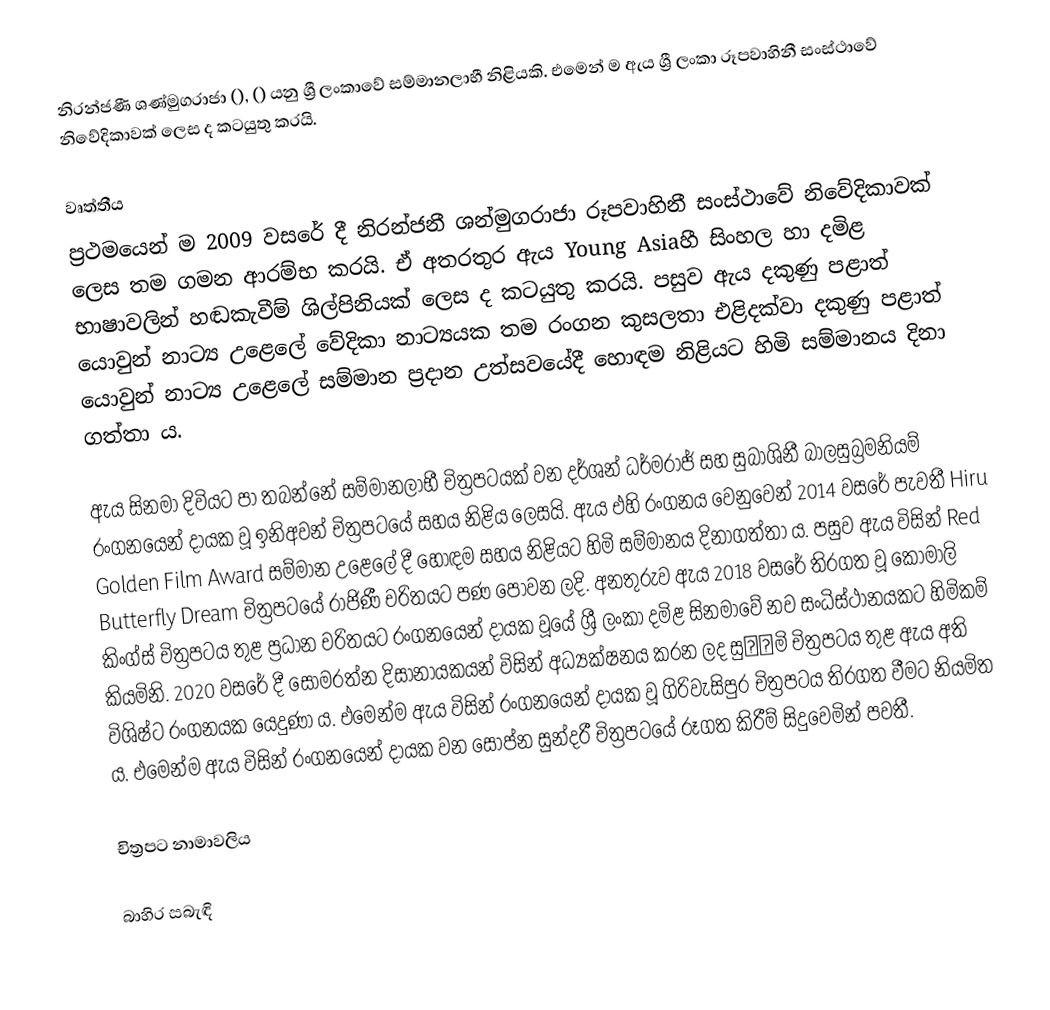
නිරන්ජණී ශණ්මුගරාජා (), () යනු ශ්‍රී ලංකාවේ සම්මානලාභී නිළියකි. එමෙන් ම ඇය ශ්‍රී ලංකා රූපවාහිනී සංස්ථාවේ නිවේදිකාවක් ලෙස ද කටයුතු කරයි.

වෘත්තීය
ප්‍රථමයෙන් ම 2009 වසරේ දී නිරන්ජනී ශන්මුගරාජා රූපවාහිනී සංස්ථාවේ නිවේදිකාවක් ලෙස තම ගමන ආරම්භ කරයි. ඒ අතරතුර ඇය Young Asiaහී සිංහල හා දමිළ භාෂාවලින් හඬකැවීම් ශිල්පිනියක් ලෙස ද කටයුතු කරයි. පසුව ඇය දකුණු පළාත් යොවුන් නාට්‍ය උළෙලේ වේදිකා නාට්‍යයක තම රංගන කුසලතා එළිදක්වා දකුණු පළාත් යොවුන් නාට්‍ය උළෙලේ සම්මාන ප්‍රදාන උත්සවයේදී හොඳම නිළියට හිමි සම්මානය දිනා ගත්තා ය.

ඇය සිනමා දිවියට පා තබන්නේ  සම්මානලාභී චිත්‍රපටයක් වන දර්ශන් ධර්මරාජ් සහ සුබාශිනී බාලසුබ්‍රමනියම් රංගනයෙන් දායක වූ ඉනිඅවන් චිත්‍රපටයේ සහය නිළිය ලෙසයි. ඇය එහි රංගනය වෙනුවෙන් 2014 වසරේ පැවතී Hiru Golden Film Award සම්මාන උළෙලේ දී හොඳම සහය නිළියට හිමි සම්මානය දිනාගත්තා ය. පසුව ඇය විසින් Red Butterfly Dream චිත්‍රපටයේ රාජිණී චරිතයට පණ පොවන ලදි. අනතුරුව ඇය 2018 වසරේ තිරගත වූ කෝමාලි කිංග්ස් චිත්‍රපටය තුළ ප්‍රධාන චරිතයට රංගනයෙන් දායක වූයේ ශ්‍රී ලංකා දමිළ සිනමාවේ නව සංධිස්ථානයකට හිමිකම් කියමිනි. 2020 වසරේ දී සෝමරත්න දිසානායකයන් විසින් අධ්‍යක්ෂනය කරන ලද සුனாමි චිත්‍රපටය තුළ ඇය අති විශිෂ්ට රංගනයක යෙදුණා ය. එමෙන්ම ඇය විසින් රංගනයෙන් දායක වූ ගිරිවැසිපුර චිත්‍රපටය තිරගත වීමට නියමිත ය. එමෙන්ම ඇය විසින් රංගනයෙන් දායක වන සොප්න සුන්දරී චිත්‍රපටයේ රූගත කිරීම් සිදුවෙමින් පවතී.

චිත්‍රපට නාමාවලිය

බාහිර සබැඳි